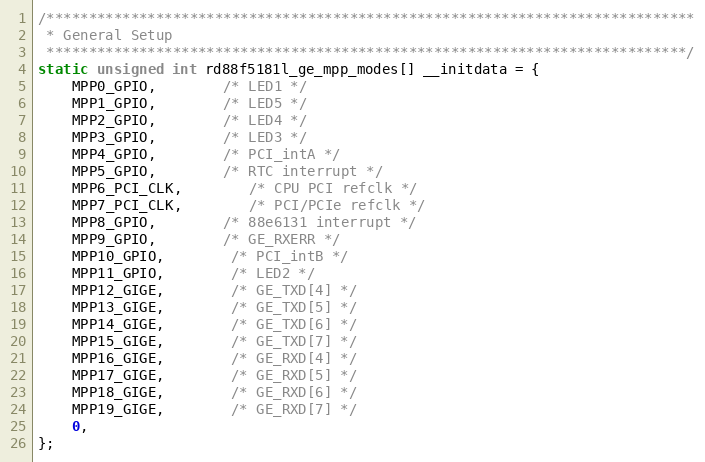
Language: C
/*****************************************************************************
 * General Setup
 ****************************************************************************/
static unsigned int rd88f5181l_ge_mpp_modes[] __initdata = {
	MPP0_GPIO,		/* LED1 */
	MPP1_GPIO,		/* LED5 */
	MPP2_GPIO,		/* LED4 */
	MPP3_GPIO,		/* LED3 */
	MPP4_GPIO,		/* PCI_intA */
	MPP5_GPIO,		/* RTC interrupt */
	MPP6_PCI_CLK,		/* CPU PCI refclk */
	MPP7_PCI_CLK,		/* PCI/PCIe refclk */
	MPP8_GPIO,		/* 88e6131 interrupt */
	MPP9_GPIO,		/* GE_RXERR */
	MPP10_GPIO,		/* PCI_intB */
	MPP11_GPIO,		/* LED2 */
	MPP12_GIGE,		/* GE_TXD[4] */
	MPP13_GIGE,		/* GE_TXD[5] */
	MPP14_GIGE,		/* GE_TXD[6] */
	MPP15_GIGE,		/* GE_TXD[7] */
	MPP16_GIGE,		/* GE_RXD[4] */
	MPP17_GIGE,		/* GE_RXD[5] */
	MPP18_GIGE,		/* GE_RXD[6] */
	MPP19_GIGE,		/* GE_RXD[7] */
	0,
};